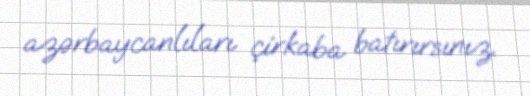
azərbaycanlıları çirkaba batırırsınız.